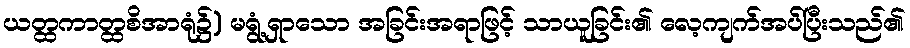
ယတ္ထကာတ္ထစိအာရုံ၌) မရွံ့ရှာသော အခြင်းအရာဖြင့် သာယူခြင်း၏ လေ့ကျက်အပ်ပြီးသည်၏